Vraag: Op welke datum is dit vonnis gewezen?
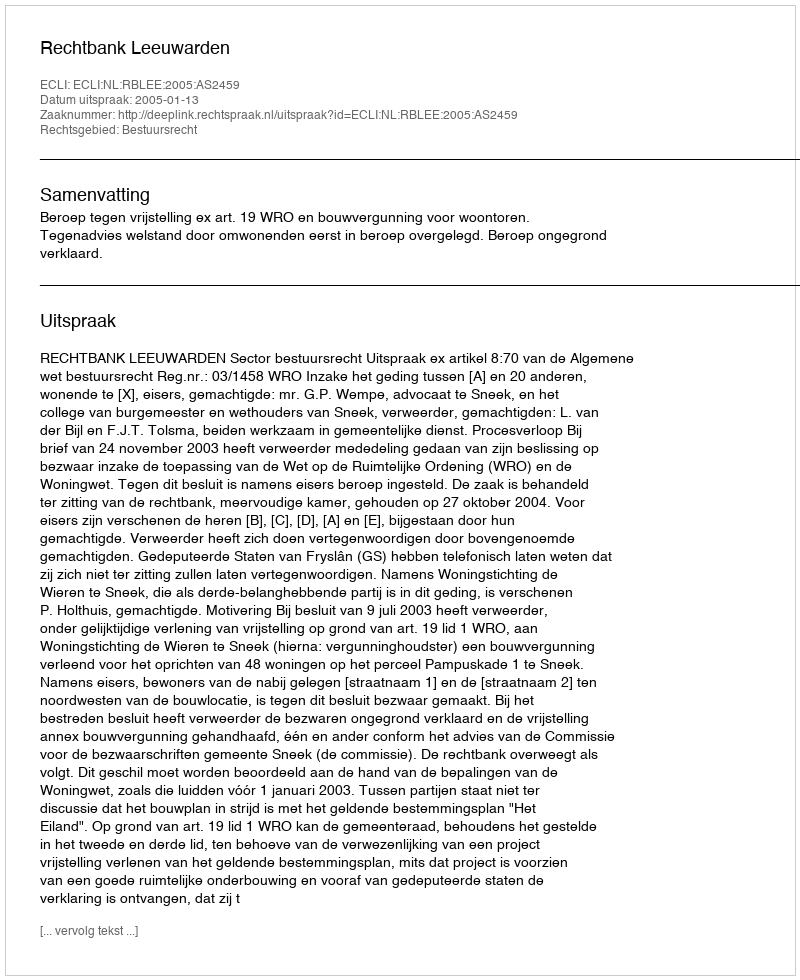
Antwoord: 2005-01-13